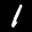
Label: 1